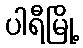
ပါရီမြို့